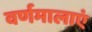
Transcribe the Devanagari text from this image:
वर्णमालाएं